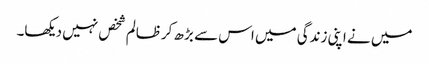
میں نے اپنی زندگی میں اس سے بڑھ کرظالم شخص نہیں دیکھا۔